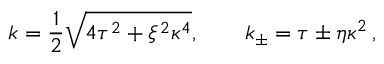
k = \frac { 1 } { 2 } \sqrt { 4 \tau ^ { 2 } + \xi ^ { 2 } \kappa ^ { 4 } } , \qquad k _ { \pm } = \tau \pm \eta \kappa ^ { 2 } \, ,